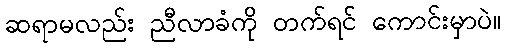
ဆရာမလည်း ညီလာခံကို တက်ရင် ကောင်းမှာပဲ။